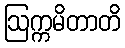
ဩက္ကမိတာတိ